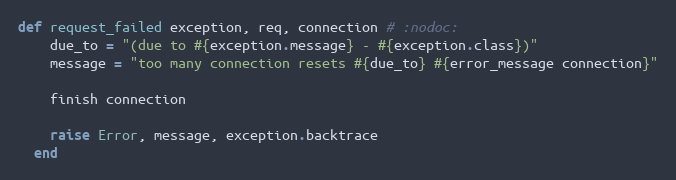
Language: Ruby
def request_failed exception, req, connection # :nodoc:
    due_to = "(due to #{exception.message} - #{exception.class})"
    message = "too many connection resets #{due_to} #{error_message connection}"

    finish connection

    raise Error, message, exception.backtrace
  end